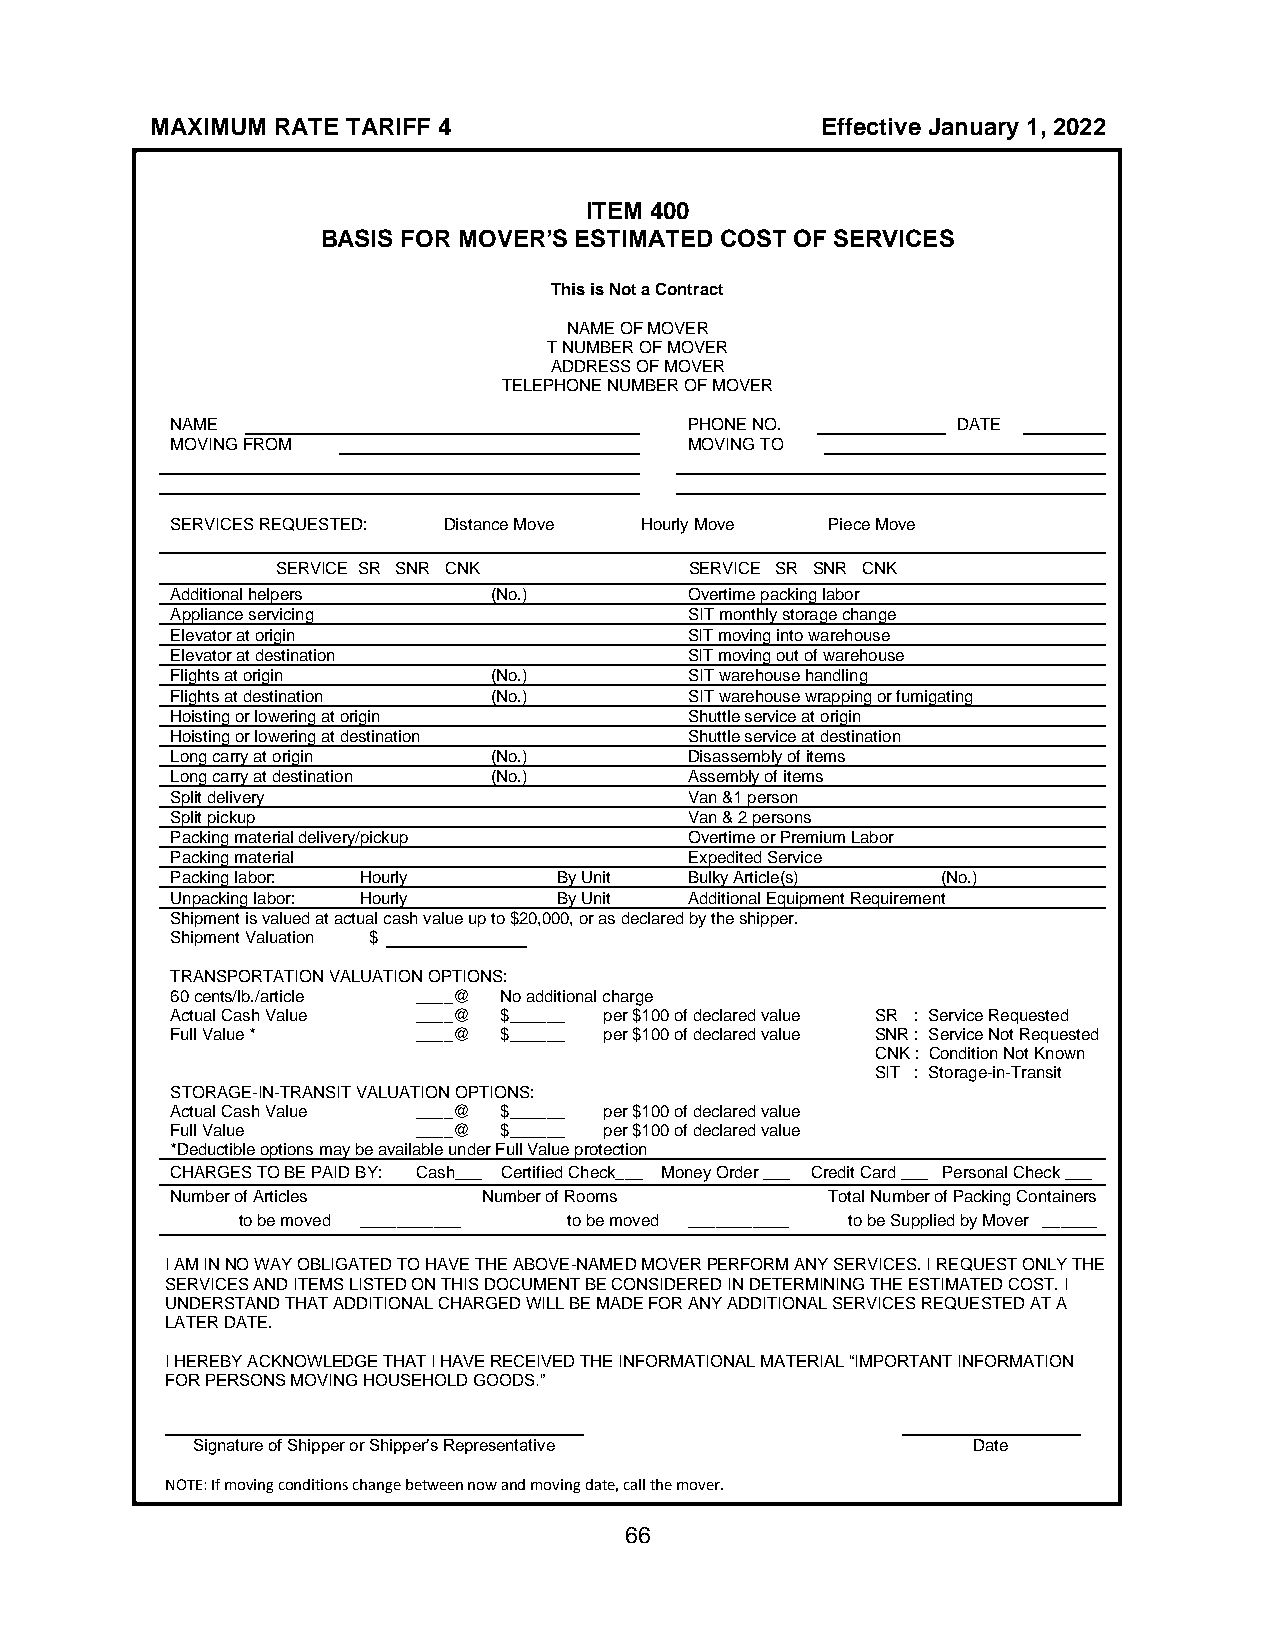
MAXIMUM RATE TARIFF 4                       Effective January 1, 2022
 ITEM 400
 BASIS FOR MOVER’S ESTIMATED COST OF SERVICES
 This is Not a Contract
 NAME OF MOVER
 T NUMBER OF MOVER
 ADDRESS OF MOVER
 TELEPHONE NUMBER OF MOVER
 NAME                               PHONE NO.        DATE
 MOVING FROM                        MOVING TO
 SERVICES REQUESTED: Distance Move Hourly Move Piece Move
 SERVICE SR SNR CNK          SERVICE SR SNR CNK
 Additional helpers   (No.)         Overtime packing labor
 Appliance servicing                SIT monthly storage change
 Elevator at origin                 SIT moving into warehouse
 Elevator at destination            SIT moving out of warehouse
 Flights at origin    (No.)         SIT warehouse handling
 Flights at destination (No.)       SIT warehouse wrapping or fumigating
 Hoisting or lowering at origin     Shuttle service at origin
 Hoisting or lowering at destination Shuttle service at destination
 Long carry at origin (No.)         Disassembly of items
 Long carry at destination (No.)    Assembly of items
 Split delivery                     Van &1 person
 Split pickup                       Van & 2 persons
 Packing material delivery/pickup   Overtime or Premium Labor
 Packing material                   Expedited Service
 Packing labor: Hourly     By Unit  Bulky Article(s) (No.)
 Unpacking labor: Hourly   By Unit  Additional Equipment Requirement
 Shipment is valued at actual cash value up to $20,000, or as declared by the shipper.
 Shipment Valuation $
 TRANSPORTATION VALUATION OPTIONS:
 60 cents/lb./article ____@ No additional charge
 Actual Cash Value ____@ $______ per $100 of declared value SR : Service Requested
 Full Value *     ____@ $______ per $100 of declared value SNR : Service Not Requested
 CNK : Condition Not Known
 SIT : Storage-in-Transit
 STORAGE-IN-TRANSIT VALUATION OPTIONS:
 Actual Cash Value ____@ $______ per $100 of declared value
 Full Value       ____@ $______ per $100 of declared value
 *Deductible options may be available under Full Value protection
 CHARGES TO BE PAID BY: Cash___ Certified Check___ Money Order ___ Credit Card ___ Personal Check ___
 Number of Articles   Number of Rooms        Total Number of Packing Containers
 to be moved ___________ to be moved ___________ to be Supplied by Mover ______
 I AM IN NO WAY OBLIGATED TO HAVE THE ABOVE-NAMED MOVER PERFORM ANY SERVICES. I REQUEST ONLY THE
 SERVICES AND ITEMS LISTED ON THIS DOCUMENT BE CONSIDERED IN DETERMINING THE ESTIMATED COST. I
 UNDERSTAND THAT ADDITIONAL CHARGED WILL BE MADE FOR ANY ADDITIONAL SERVICES REQUESTED AT A
 LATER DATE.
 I HEREBY ACKNOWLEDGE THAT I HAVE RECEIVED THE INFORMATIONAL MATERIAL “IMPORTANT INFORMATION
 FOR PERSONS MOVING HOUSEHOLD GOODS.”
 Signature of Shipper or Shipper’s Representative   Date
 NOTE: If moving conditions change between now and moving date, call the mover.
 66